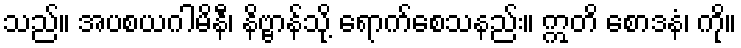
သည်။ အပစယဂါမိနီ၊ နိဗ္ဗာန်သို့ ရောက်စေသနည်း။ ဣတိ စောဒနံ၊ ကို။